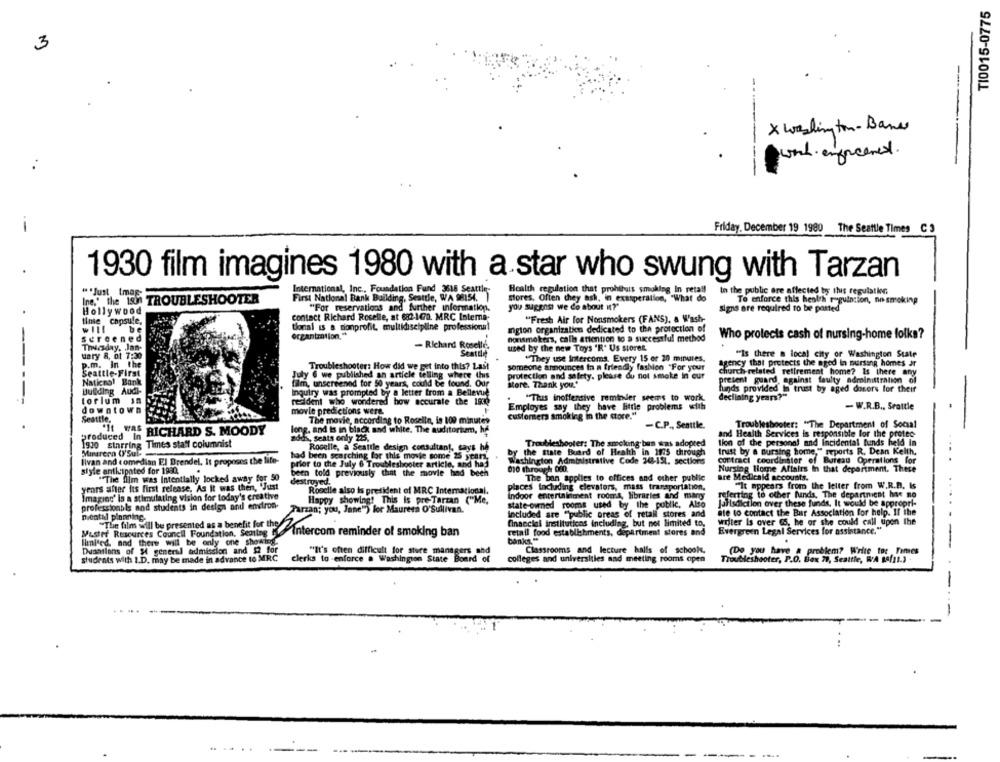
TI0015-0775
3
X washington- Bancs
werk enforcemed.
----
Friday, December 19 1980 The Seattle Times C 3
1930 film imagines 1980 with a star who swung with Tarzan
International, Inc ., Foundation Fund 3618 Seattle-
Health regulation that prohihots smoking In retall
In the public are affected by this regulation
""Just tmaE-
First National Bank Building, Seattle, WA 98154.
Ine," the 1800 TROUBLESHOOTER
flores, Often they ash, in exasperation, "What do
you suggest we do about it?"
To enforce this health requintion, no-smoking
Hollywood
"For reservations and further information.
signs are required to be parted
Ilnie capsule,
contact Richard Roselle, at 682-1070. MRC Interna-
"Fresh Air for Nonsmokers (FANS), a Wash-
tional is a nonprofit, multidiscipline professional
organization .**
ington organization dedicated to the protection of
Who protects cash of nursing-home folks?
screened
nonsmokers, calle attention to a successful method
Thursday, Jan-
- Richard Roselle.
used by the new Toys 'R' Us stores,
Mary 8, of 7:30
Seattle
"They use Intercoms. Every 15 or 20 minutes.
"Is there a local city of Washington State
p.m. In the
Troubleshooter: How did we get into this? Last
someone announces in a friendly fashion "For your
agency that protects the aged in muirsang homes ar
Seattle-First
Church-related retirement home? Is there any
National Bank
July @ we published an article telling where this
film, unscreened for 50 years, could be found. Our
protection and safety. please do not smoke in cur
present guard, against faulty odrolnittration of
store. Thank you."
hands provided In trust by aged donors for their
-----
Building Audi-
Inquiry was prompted by a letter from a Bellevue
declining years?"
torlum in
resident who wondered how accurate the 1930
"This inoffensive remteler seems to work.
downtown
movie predictions wert.
Employes say they have little problems with
- W.R.B ., Seattle
Seattle,
The movie, according to Roselin, is 109 minutes
customers smoking in the store."
-C.P ., Seattle.
Troubleshooter: "The Department of Social
produced In RICHARD S. MOODY
long, and is in black and white. The auditorium, he
and Health Services is responsible for the protec
a5, seats only 225.
Troubleshooter: The smoking ban was adopted
Ilon of the personal and Incidental funds held In
1930 starring Times staff columnist
Rocelle, a Seattle design consultant, says he
Minareen ('Sul-
had been searching for this movie some 25 years.
by the state Board of Health in 1975 through
trust by a nursing home," reports R. Dean Kelth.
livan and comedian El Brendel, It proposes the life-
prior to the July 6 Troubleshooter article, and haj
Washington Administrative Code 268-151. sections
contract coordinator of Bureau Operations for
style anticipated for 1980.
been told previously that the movie had been
010 through 080.
Nursing Home Affairs In that department. These
"The film was Intentially locked away for 50
The ban applies to offices and other public
are Medicaid accounts.
years after its first release, As it was then, 'Just
destroyed.
places including elevators, mass transportation.
"It appears from the letter from W.R.D. Is
Imagino' is a stimulating vision for today's creative
Roselle also is president of MRC International,
Indoor entertainment rooms, libraries and many
referring to other funds, The department he no
Happy showing! This Is pre-Tarzan ("Me,
state-owned rooms used by the public, Alto
Jalisdiction over these funds, It would be appropri-
professionbls and students in design and environ-
Tarzan; you, June") for Maureen O'Sullivan.
mitatal planning.
Included are "public areas of retail stores and
ate to contact the Bar Association for help. If the
financial institutions including, but not limited to.
willer Is over 65, he or she could call upon the
Muster Resources Council Foundation, Seating
retail food establishments, department stores and
Evergreen Legal Services for assistance."
limited, and there will be only one showing.
"The film will be presented as a benefit fof theIntercom reminder of smoking ban
banks."
Dusailens of 34 general admission and $2 for
Classrooms and lecture halls of school.
students with I.D. may be made in advance to MRC
"It's often difficult for store managers and
(Do you have a problem? Write tor Fimes
clerks to -enforce a Washington State Board of
colleges and universities and meeting rooms open
Troubleshooter, P.O. Box 79, Seattle, WA 88(11.) .
-